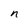
Character: n